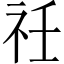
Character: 祍